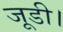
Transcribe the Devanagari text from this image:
जूडी।